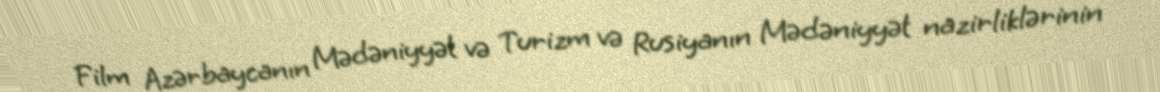
Film Azərbaycanın Mədəniyyət və Turizm və Rusiyanın Mədəniyyət nazirliklərinin